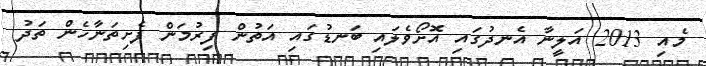
މެއި 2013 އަލީނާ އެނދުގައި އޮށޯވެލައި ބަނޑުގައި އަތުން ފިރުމަން ފެށިތަނާހެން ތަދު